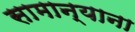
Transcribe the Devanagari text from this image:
सामान्याना